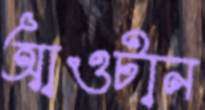
আওটান